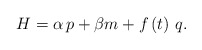
\begin{align*}H=\alpha \,p+\beta m+f\left( t\right) \,q.\end{align*}